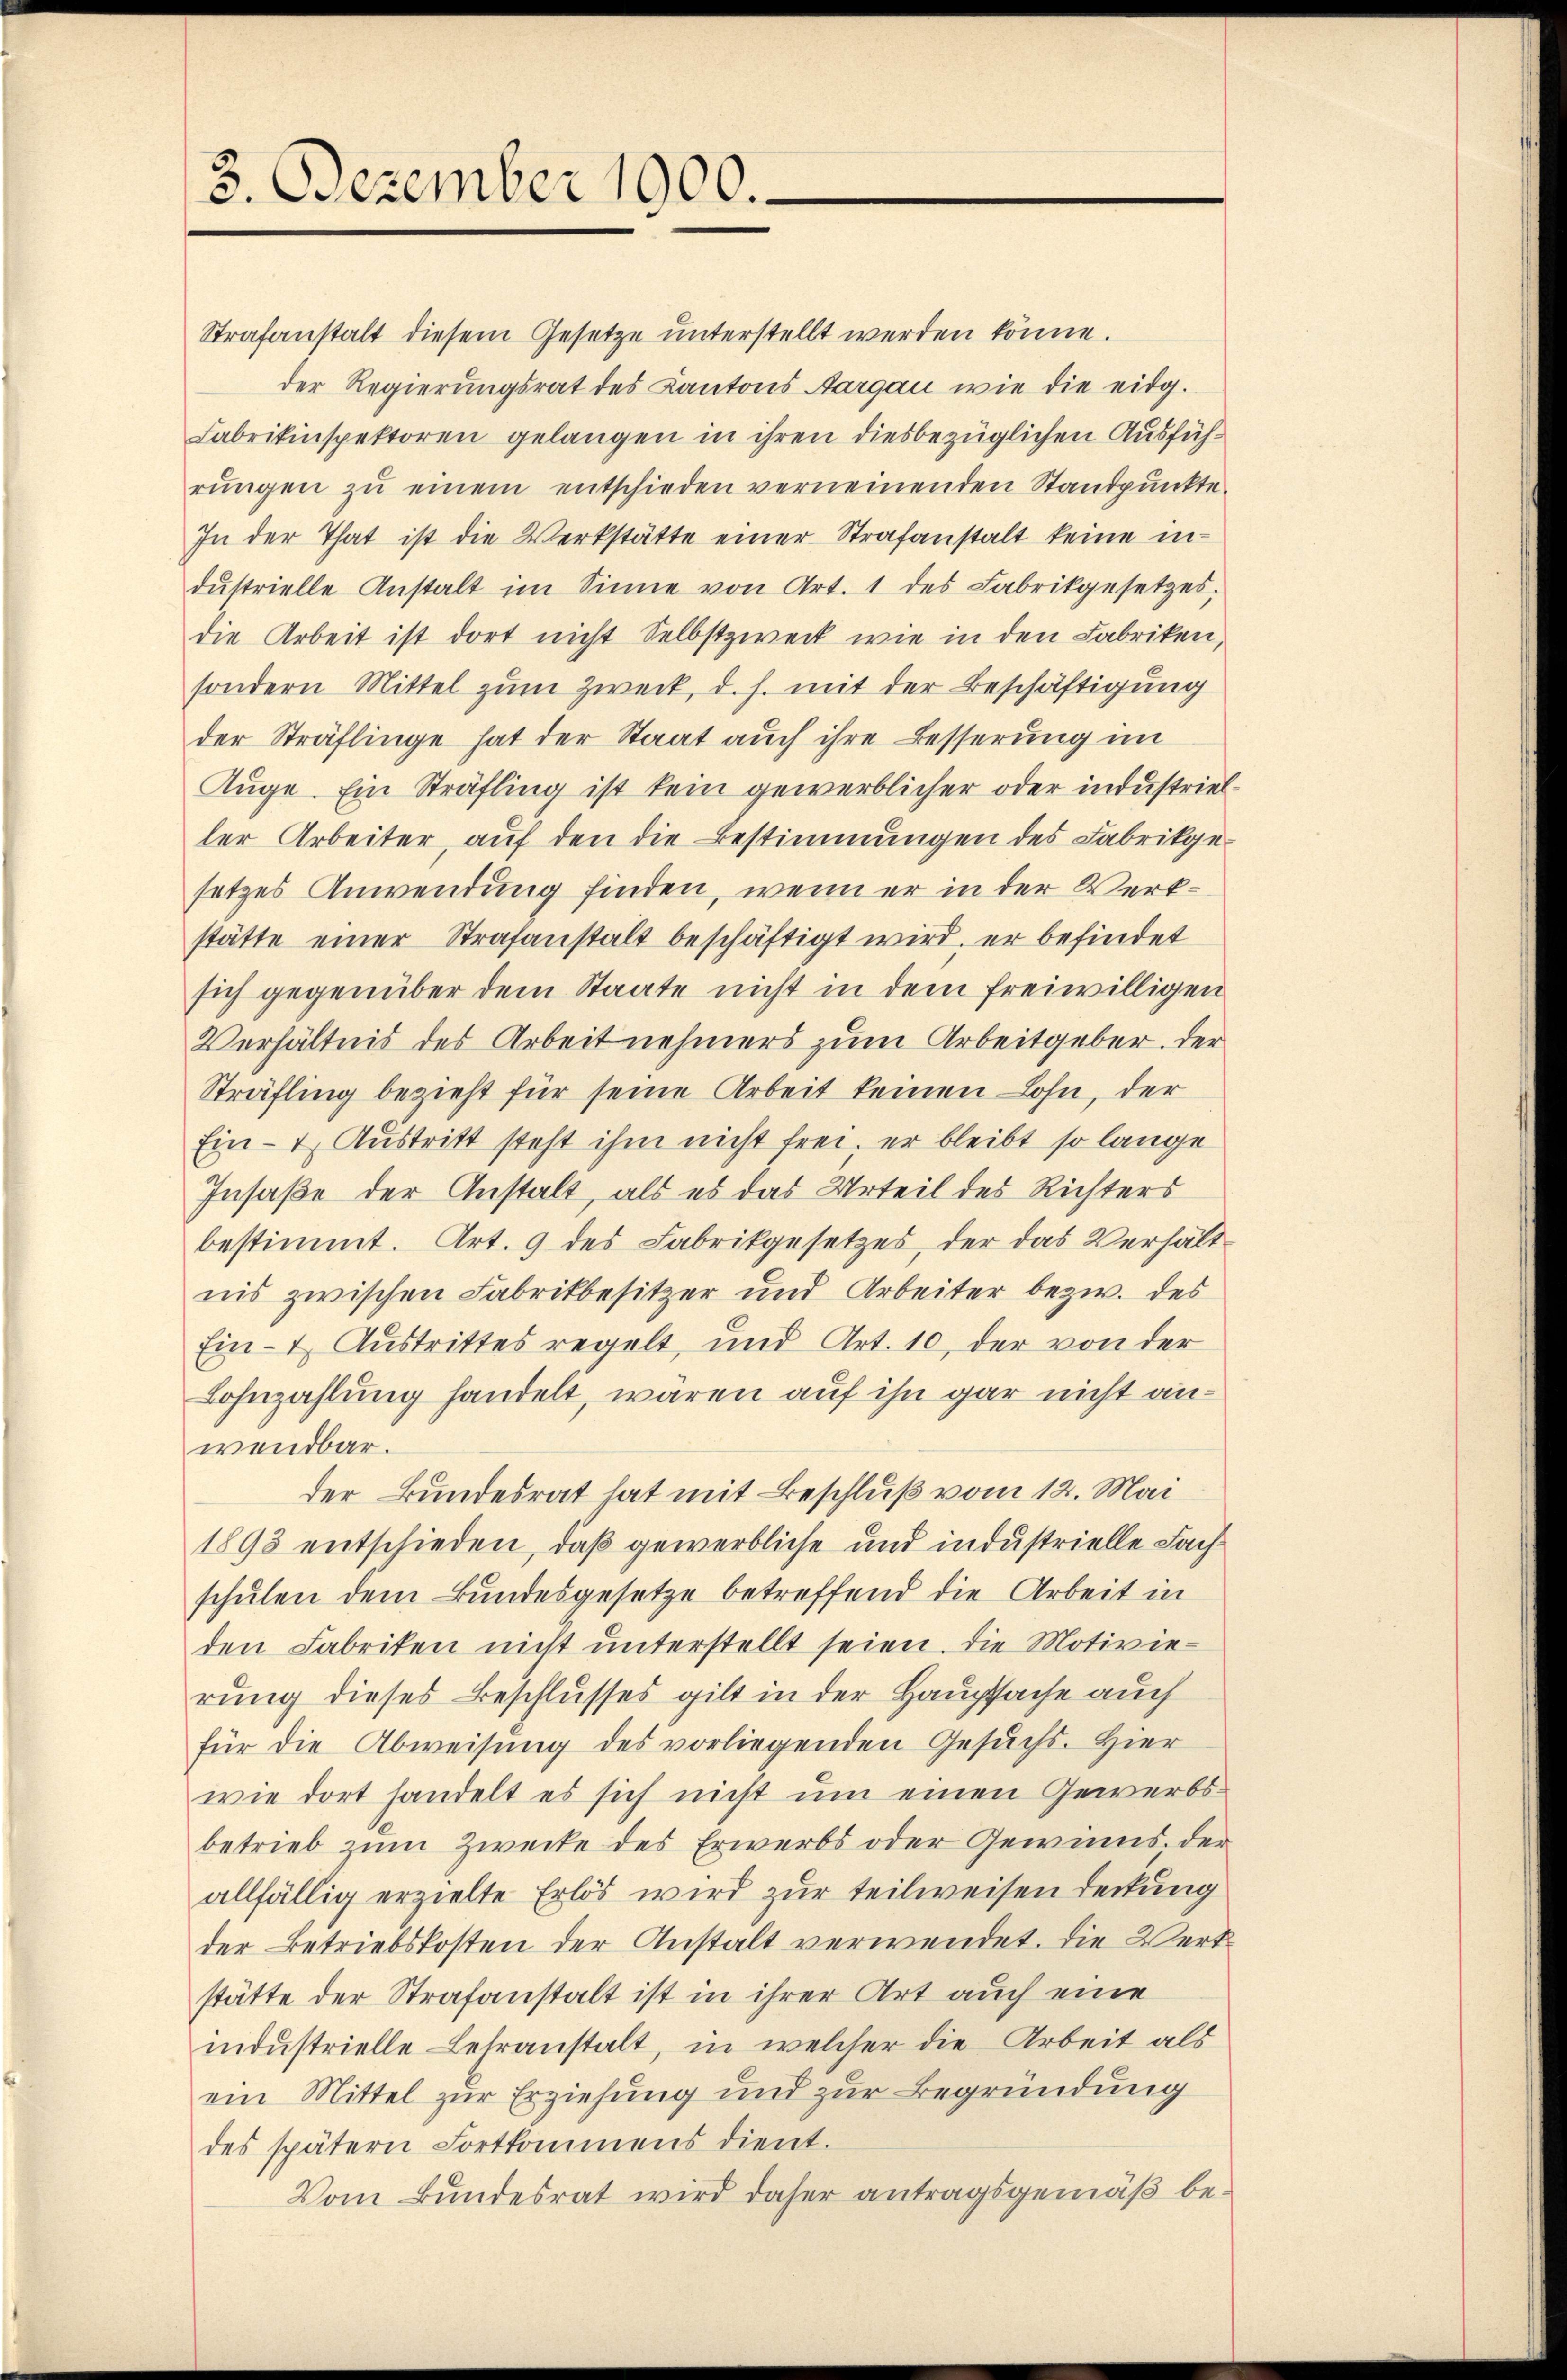
3. Dezember 1900.

Strafanstalt diesem Gesetze unterstellt werden könne.
der Regierungsrat des Kantons Aargau wie die eidg.
Fabrikinspektoren gelangen in ihren diesbezüglichen Ausführŭngen zŭ einem entschieden verneinenden Standpŭnkte.
In der That ist die Werkstätte einer Strafanstalt keine in-
dŭstrielle Anstalt im Sinne von Art. 1 des Fabrikgesetzes,
die Arbeit ist dort nicht Selbstzweck wie in den Fabriken,
sondern Mittel zum Zweck, d. h. mit der Beschäftigung
der Sträflinge hat der Staat auch ihre Besserung im
Auge. Ein Sträfling ist kein gewerblicher oder industrieller Arbeiter, auf den die Bestimmungen des Fabrikgesetzes Anwendung finden, wenn er in der Werkstätte einer Strafanstalt beschäftigt wird, er befindet
sich gegenüber dem Staate nicht in dem freiwilligen
Verhältnis des Arbeit nehmers zum Arbeitgeber. Der
Sträfling bezieht für seine Arbeit keinen Lohn, der
Ein- & Austritt steht ihm nicht frei, er bleibt so lange
Insaße der Anstalt, als es das Urteil des Richters
bestimmt. Art. 9 des Fabrikgesetzes, der das Verhältnis zwischen Fabrikbesitzer und Arbeiter bezw. des
Ein- & Austrittes regelt, und Art. 10, der von der
Lohnzahlung handelt, wären auf ihn gar nicht anwendbar.
der Bundesrat hat mit Beschluß vom 12. Mai
1893 entschieden, daß gewerbliche und industrielle Fachschulen dem Bundesgesetze betreffend die Arbeit in
den Fabriken nicht unterstellt seien. Die Motivie-
rung dieses Beschlusses gilt in der Hauptsache auch
für die Abweisung des vorliegenden Gesuchs. Hier
wie dort handelt es sich nicht ŭm einen Gewerbs-
betrieb zum Zwecke des Erwerbs oder Gewinns der
allfällig erzielte Erlös wird zur teilweisen Deckung
der Betriebskosten der Anstalt verwendet. Die Wertstätte der Strafanstalt ist in ihrer Art auch eine
industrielle Lehranstalt, in welcher die Arbeit als
ein Mittel zur Erziehung und zur Begründung
des spätern Fortkommens dient.
Vom Bundesrat wird daher antragsgemäß be¬